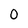
Character: 0